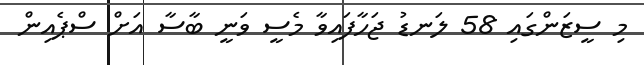
މި ސީޒަންގައި 58 ލަނޑު ޖަހާފައިވާ މެސީ ވަނީ ބާސާ އަށް ސްޕެއިން